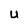
Character: u